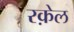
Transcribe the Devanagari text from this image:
रक़ेल